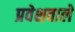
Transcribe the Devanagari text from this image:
प्रवेशवाले